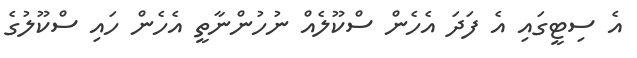
އެ ސިޓީގައި އެ ފަދަ އެހެން ސްކޫލެއް ނުހުންނާތީ އެހެން ހައި ސްކޫލުގެ